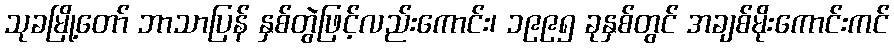
သုခမြို့တော် ဘာသာပြန် နှစ်တွဲဖြင့်လည်းကောင်း၊ ၁၉၉၅ ခုနှစ်တွင် အချစ်မိုးကောင်းကင်